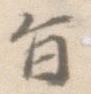
旨